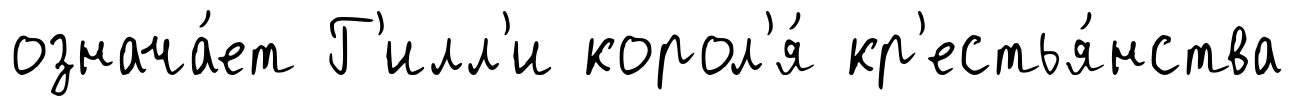
означа́ет Г'илл'и корол'я́ кр'естья́нства